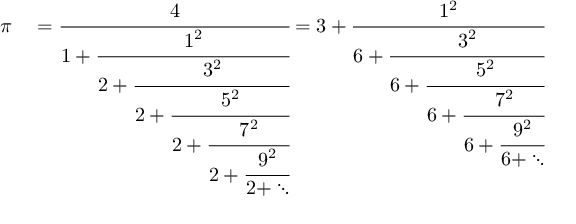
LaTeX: \begin{array} { r l } { \pi } & { { } = \textstyle { \cfrac { 4 } { 1 + \textstyle { \cfrac { 1 ^ { 2 } } { 2 + \textstyle { \cfrac { 3 ^ { 2 } } { 2 + \textstyle { \cfrac { 5 ^ { 2 } } { 2 + \textstyle { \cfrac { 7 ^ { 2 } } { 2 + \textstyle { \cfrac { 9 ^ { 2 } } { 2 + \ddots } } } } } } } } } } } } = 3 + \textstyle { \cfrac { 1 ^ { 2 } } { 6 + \textstyle { \cfrac { 3 ^ { 2 } } { 6 + \textstyle { \cfrac { 5 ^ { 2 } } { 6 + \textstyle { \cfrac { 7 ^ { 2 } } { 6 + \textstyle { \cfrac { 9 ^ { 2 } } { 6 + \ddots } } } } } } } } } } } \end{array}